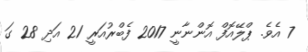
7 އެވެ. ޕްލޭއޮފް އޮންނާނީ 2017 ފެބްރުއަރީ 21 އަދި 28 ގަ